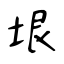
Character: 垠